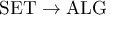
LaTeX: \mathrm { S E T } \to \mathrm { A L G }